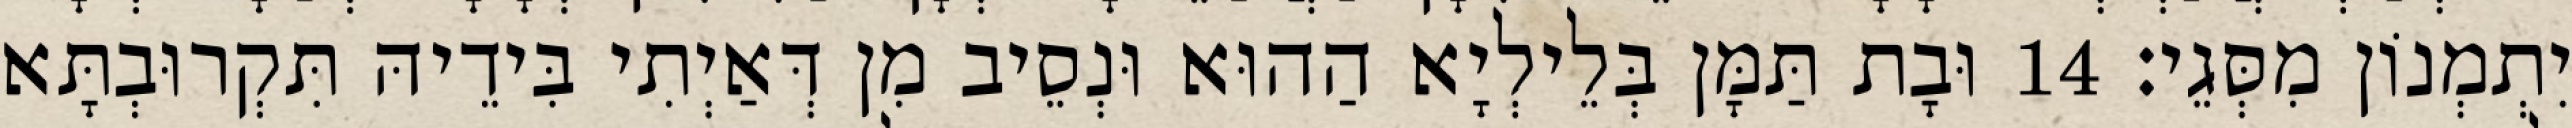
יִתְמְנוֹן מִסְּגֵי׃ 14 וּבָת תַּמָּן בְּלֵילְיָא הַהוּא וּנְסֵיב מִן דְּאַיְתִי בִּידֵיהּ תִּקְרוּבְתָּא